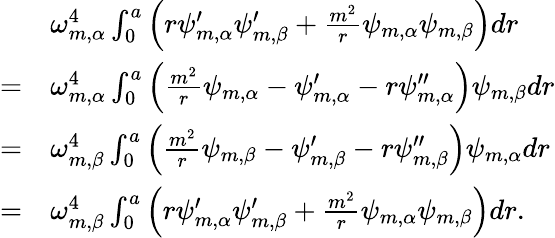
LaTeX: \begin{array}{rl}&{\omega_{m,\alpha}^{4}\int_{0}^{a}\left(r\psi_{m,\alpha}^{\prime}\psi_{m,\beta}^{\prime}+\frac{m^{2}}{r}\psi_{m,\alpha}\psi_{m,\beta}\right)dr}\\ {=}&{\omega_{m,\alpha}^{4}\int_{0}^{a}\left(\frac{m^{2}}{r}\psi_{m,\alpha}-\psi_{m,\alpha}^{\prime}-r\psi_{m,\alpha}^{\prime\prime}\right)\psi_{m,\beta}dr}\\ {=}&{\omega_{m,\beta}^{4}\int_{0}^{a}\left(\frac{m^{2}}{r}\psi_{m,\beta}-\psi_{m,\beta}^{\prime}-r\psi_{m,\beta}^{\prime\prime}\right)\psi_{m,\alpha}dr}\\ {=}&{\omega_{m,\beta}^{4}\int_{0}^{a}\left(r\psi_{m,\alpha}^{\prime}\psi_{m,\beta}^{\prime}+\frac{m^{2}}{r}\psi_{m,\alpha}\psi_{m,\beta}\right)dr.}\end{array}